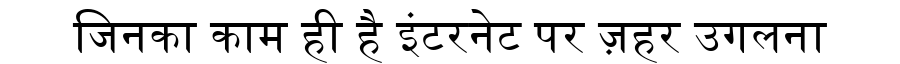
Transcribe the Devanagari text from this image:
जिनका काम ही है इंटरनेट पर ज़हर उगलना